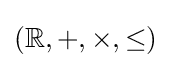
(\mathbb {R} ,+,\times ,\leq )